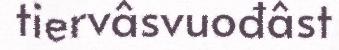
tiervâsvuođâst